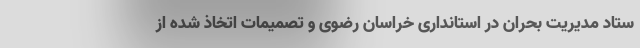
ستاد مدیریت بحران در استانداری خراسان رضوی و تصمیمات اتخاذ شده از